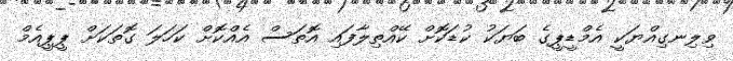
ވިލިނގިއްޔަކީ އެމްޑީޕީގެ ބަޔަކު ކުޑަކޮށް ކޭއްތިލާފައި އޮތަސް އެއްކޮށް ކަހަލަ ގޮތަކަށް ޕީޕީއެމް